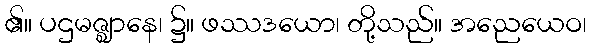
၏။ ပဌမဇ္ဈာနေ၊ ၌။ ဖဿဒယော၊ တို့သည်။ အညေယေဝ၊